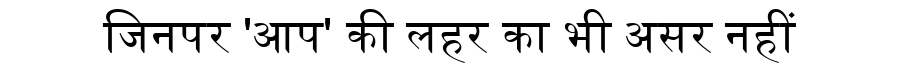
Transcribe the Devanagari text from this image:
जिनपर 'आप' की लहर का भी असर नहीं